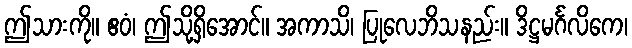
ဤသားကို။ ဧဝံ၊ ဤသို့ရှိအောင်။ အကာသိ၊ ပြုလေဘိသနည်း။ ဒိဋ္ဌမင်္ဂလိကေ၊